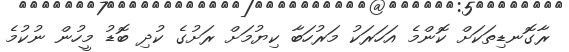
ރާގޮނޑިތަކަށް ކޮންމެ އަހަރަކު މަރުހަބާ ކިޔުމަށް ރަށުގެ ކުދި ބޮޑު މީހުން ނުކުމެ